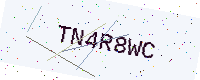
Text: TN4R8WC